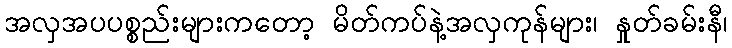
အလှအပပစ္စည်းများကတော့ မိတ်ကပ်နဲ့အလှကုန်များ၊ နှုတ်ခမ်းနီ၊